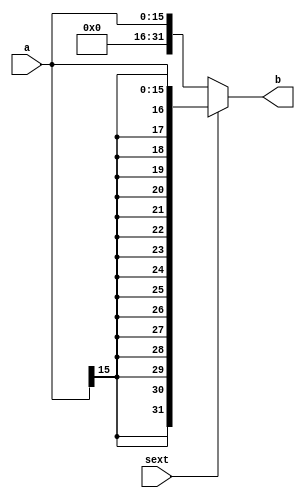
`timescale 1ns / 1ns
//////////////////////////////////////////////////////////////////////////////////
// Company: 
// Engineer: 
// 
// Design Name: 
// Module Name: extend
// Project Name: 
// Target Devices: 
// Tool Versions: 
// Description: 
// 
// Dependencies: 
// 
// Revision:
// Revision 0.01 - File Created
// Additional Comments:
// 
//////////////////////////////////////////////////////////////////////////////////


module extend # (parameter WIDTH =16)(
input [WIDTH - 1:0] a,
input sext,
output [31:0]b
    );
    assign b=sext?{{(32-WIDTH){a[WIDTH-1]}},a}:{27'b0,a};
endmodule